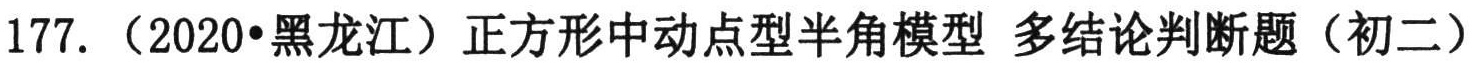
177. （2020•黑龙江）正方形中动点型半角模型 多结论判断题（初二）